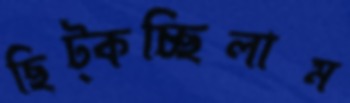
ছিট্‌কচ্ছিলাম